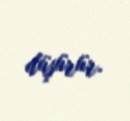
düşürür.